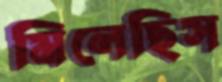
মিলেছিস